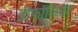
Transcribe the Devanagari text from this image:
डीफॉलियेंट